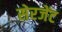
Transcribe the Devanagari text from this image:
सेरजेंट